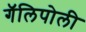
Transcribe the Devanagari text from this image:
गॅलिपोली